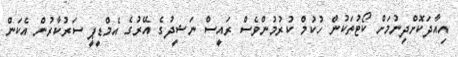
އިއާދަކޮށްދިނުމަށް ކޯޓުތަކުން ހުކުމް ކުރުމުންވެސް ރައީސް ނަޝީދުގެ އޭރުގެ އެމްޑީޕީ ސަރުކާރުން އެކަން